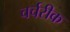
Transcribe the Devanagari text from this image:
चर्चरीक